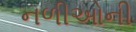
નળીઓની